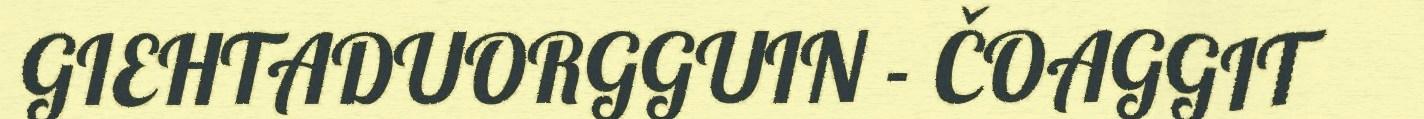
GIEHTADUORGGUIN - ČOAGGIT